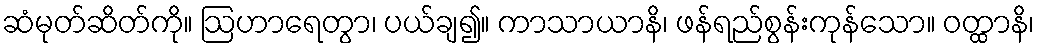
ဆံမုတ်ဆိတ်ကို။ ဩဟာရေတွာ၊ ပယ်ချ၍။ ကာသာယာနိ၊ ဖန်ရည်စွန်းကုန်သော။ ဝတ္ထာနိ၊